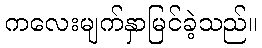
ကလေးမျက်နှာမြင်ခဲ့သည်။